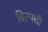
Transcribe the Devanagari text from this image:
वित्पत्ती